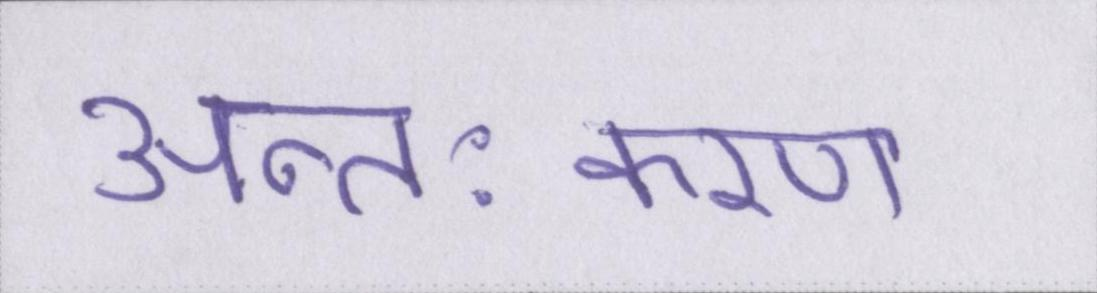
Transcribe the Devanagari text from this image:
अन्तःकरण